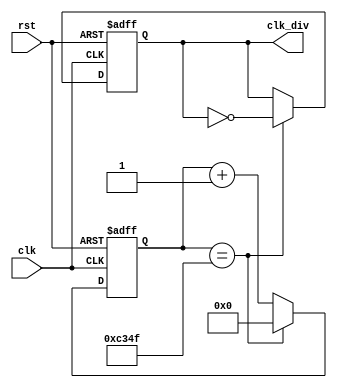
`timescale 1ns / 1ps
//////////////////////////////////////////////////////////////////////////////////
// Company: 
// Engineer: 
// 
// Design Name: 
// Module Name: part3b
// Project Name: 
// Target Devices: 
// Tool Versions: 
// Description: 
// 
// Dependencies: 
// 
// Revision:
// Revision 0.01 - File Created
// Additional Comments:
// 
//////////////////////////////////////////////////////////////////////////////////


module ClkDivider1 (
    input clk, rst,
    output reg clk_div
    );
	
localparam terminalcount = (50000 - 1);
reg [17:0] count;
wire tc;

assign tc = (count == terminalcount);	// Place a comparator on the counter output

always @ (posedge(clk), posedge(rst))
begin
    if (rst) count <= 0;
    else if (tc) count <= 0;		// Reset counter when terminal count reached
    else count <= count + 1;
end

always @ (posedge(clk), posedge(rst))
begin
    if (rst) clk_div <= 0;
    else if (tc) clk_div = !clk_div;	// T-FF with tc as input signal
end
endmodule

module ClkDivider2 (
    input clk, rst,
    output reg clk_div
    );
	
localparam terminalcount = (500 - 1);
reg [17:0] count;
wire tc;

assign tc = (count == terminalcount);	// Place a comparator on the counter output

always @ (posedge(clk), posedge(rst))
begin
    if (rst) count <= 0;
    else if (tc) count <= 0;		// Reset counter when terminal count reached
    else count <= count + 1;
end

always @ (posedge(clk), posedge(rst))
begin
    if (rst) clk_div <= 0;
    else if (tc) clk_div = !clk_div;	// T-FF with tc as input signal
end
endmodule

module decoder_7_seg(
    input [3:0] I0,
    output reg [7:0] SEG
    );

always @(I0)
begin
    case(I0)
        0 : SEG = 7'b1000000;
        1 : SEG = 7'b1111001;
        2 : SEG = 7'b0100100;
        3 : SEG = 7'b0110000;
        4 : SEG = 7'b0011001;
        5 : SEG = 7'b0010010;
        6 : SEG = 7'b0000010;
        7 : SEG = 7'b1111000;
        8 : SEG = 7'b0000000;
        9 : SEG = 7'b0010000;
        default : SEG = 7'b1111111; 
    endcase
end
endmodule

module counter3(
    input clk, rst,
    output reg [3:0] counterout
    );
    
 always @ (posedge(clk), posedge(rst))
 begin
     if (rst) counterout <= 0;
     else if (clk & (counterout <= 8)) counterout <= counterout + 1;
     else counterout <= 0;
end
endmodule

module anode_controlla(
    output [3:0] AN
    );

assign AN[0] = 0;
assign AN[1] = 1;
assign AN[2] = 1;
assign AN[3] = 1;
endmodule